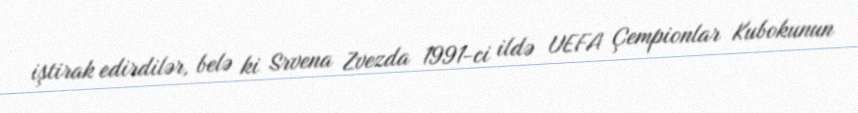
iştirak edirdilər, belə ki Srvena Zvezda 1991-ci ildə UEFA Çempionlar Kubokunun